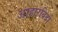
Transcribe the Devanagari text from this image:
आहारविदों